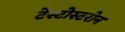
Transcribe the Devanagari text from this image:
टेस्टोस्टरोन